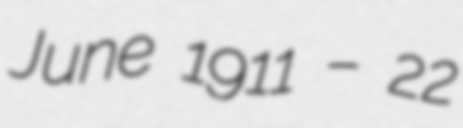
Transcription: June 1911 – 22